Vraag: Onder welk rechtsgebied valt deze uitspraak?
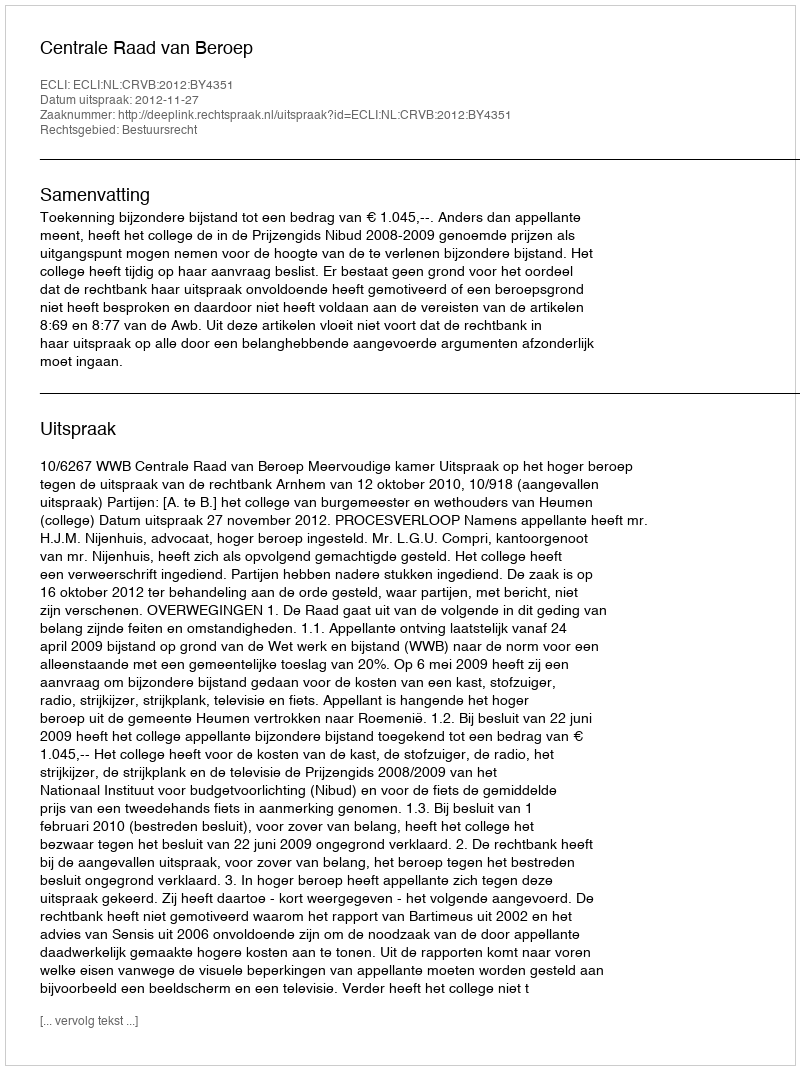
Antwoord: Bestuursrecht